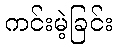
ကင်းမဲ့ခြင်း